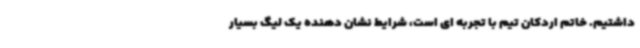
داشتیم. خاتم اردکان تیم با تجربه ای است، شرایط نشان دهنده یک لیگ بسیار